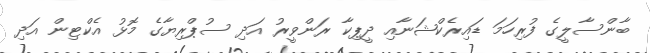
ބާންސާލީގެ ފުރިހަމަ ޑައިރެކްޝަނާއި ދީޕިކާ ރަންވީރު އަދި ސުޕްރިޔާގެ މޮޅު އެކްޓިން އަދި